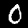
Label: 0